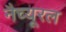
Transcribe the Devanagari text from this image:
नैच्यूरल